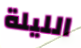
الليلة